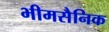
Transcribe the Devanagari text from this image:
भीमसैनिक